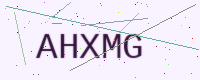
Text: AHXMG